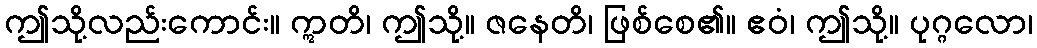
ဤသို့လည်းကောင်း။ ဣတိ၊ ဤသို့။ ဇနေတိ၊ ဖြစ်စေ၏။ ဧဝံ၊ ဤသို့။ ပုဂ္ဂလော၊